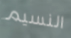
النسيم